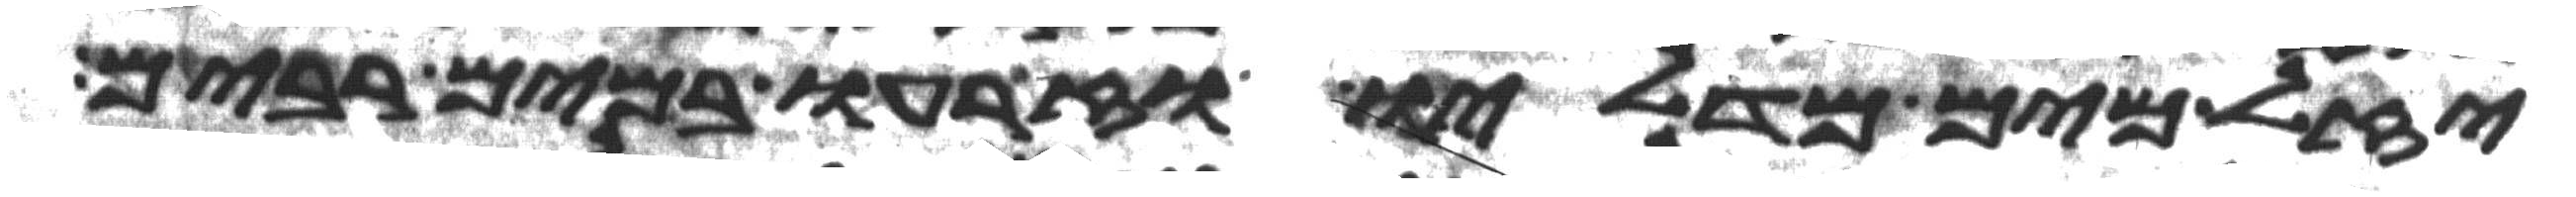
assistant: יזל מים מדליו וזרעו במים רבים